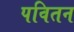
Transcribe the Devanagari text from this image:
पवितन